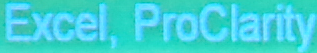
Excel, ProClarity